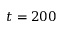
t = 2 0 0